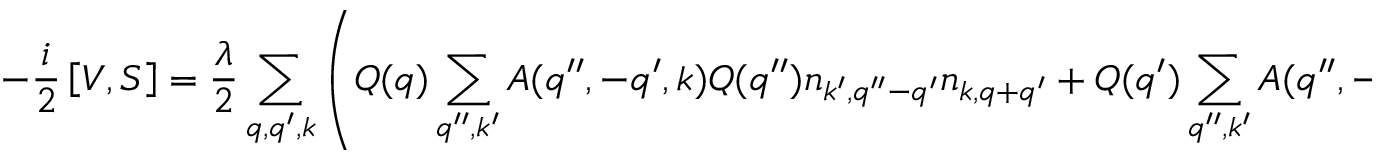
- \frac { i } { 2 } \left[ V , S \right] = \frac { \lambda } { 2 } \sum _ { q , q ^ { \prime } , k } \left( Q ( q ) \sum _ { q ^ { \prime \prime } , k ^ { \prime } } A ( q ^ { \prime \prime } , - q ^ { \prime } , k ) Q ( q ^ { \prime \prime } ) n _ { k ^ { \prime } , { q ^ { \prime \prime } - q ^ { \prime } } } n _ { k , q + q ^ { \prime } } + Q ( q ^ { \prime } ) \sum _ { q ^ { \prime \prime } , k ^ { \prime } } A ( q ^ { \prime \prime } , - q , k ) Q ( q ^ { \prime \prime } ) n _ { k ^ { \prime } , { q ^ { \prime \prime } - q } } n _ { k , q + q ^ { \prime } } \right) .